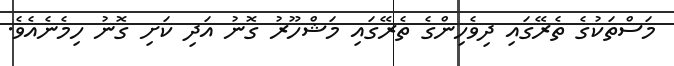
މަސްތަކުގެ ތެރޭގައި ދިވެހިންގެ ތެރޭގައި މަޝްހޫރު ގޮނު އަދި ކަށި ގޮނު ހިމެނެއެވެ.